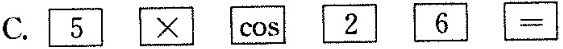
C.$$\boxed { 5 } \boxed { \times } \boxed { \cos } \boxed { 2 } \boxed { 6 } \boxed { = }$$